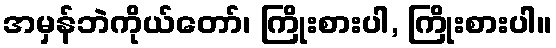
အမှန်ဘဲကိုယ်တော်၊ ကြိုးစားပါ, ကြိုးစားပါ။